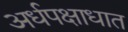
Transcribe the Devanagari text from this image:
अर्धपक्षाधात